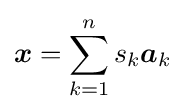
{\boldsymbol {x}}=\sum _{k=1}^{n}s_{k}{\boldsymbol {a}}_{k}